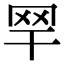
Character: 䍑